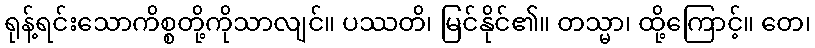
ရုန့်ရင်းသောကိစ္စတို့ကိုသာလျင်။ ပဿတိ၊ မြင်နိုင်၏။ တသ္မာ၊ ထို့ကြောင့်။ တေ၊